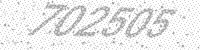
Solution: 702505